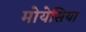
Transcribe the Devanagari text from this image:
मोयेसिया